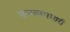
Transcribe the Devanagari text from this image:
मानवरुपधारी